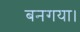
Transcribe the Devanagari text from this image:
बनगया।